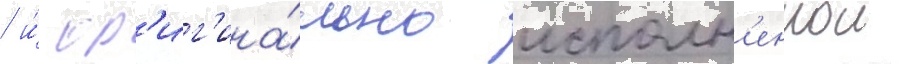
/ и́ ор'иг'ина́льно исполн'еннои